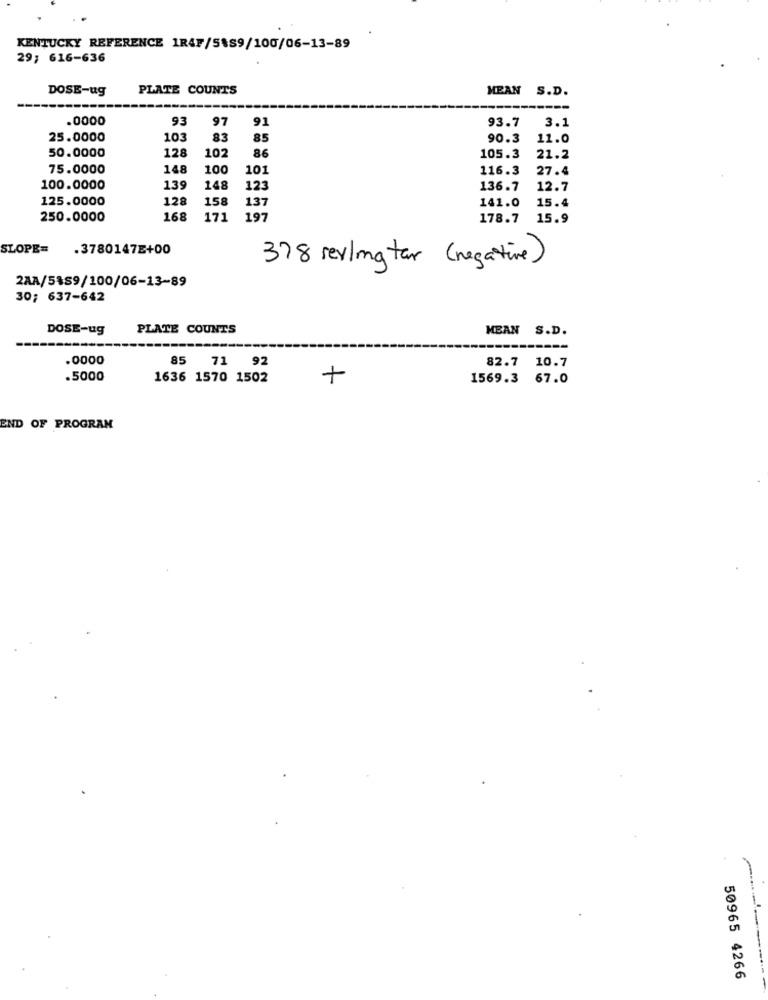
KENTUCKY REFERENCE 1RAF/S&S9/100/06-13-89
29; 616-636
DOSE-ug
PLATE COUNTS
MEAN S.D.
---
.0000
93
97
91
3.1
93.7
25.0000
103
83
85
90.3
11.0
128
86
50.0000
102
105.3
21.2
75.0000
148
100
101
116.3
27.4
100.0000
139
148
123
136.7
12.7
125.0000
12
158
137
141.0
15.4
250.0000
168
171
197
178.7
15.9
SLOPE=
.3780147E+00
378 seyling tar (negative)
2AA/5459/100/06-13-89
30; 637-642
DOSE-ug
PLATE COUNTS
MEAN S.D.
.0000
85 71
92
82.7 10.7
.5000
1636 1570 1502
+
1569.3 67.0
END OF PROGRAM
50965 4266